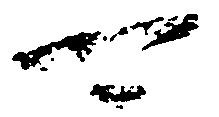
可